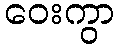
ဝေးကွာ